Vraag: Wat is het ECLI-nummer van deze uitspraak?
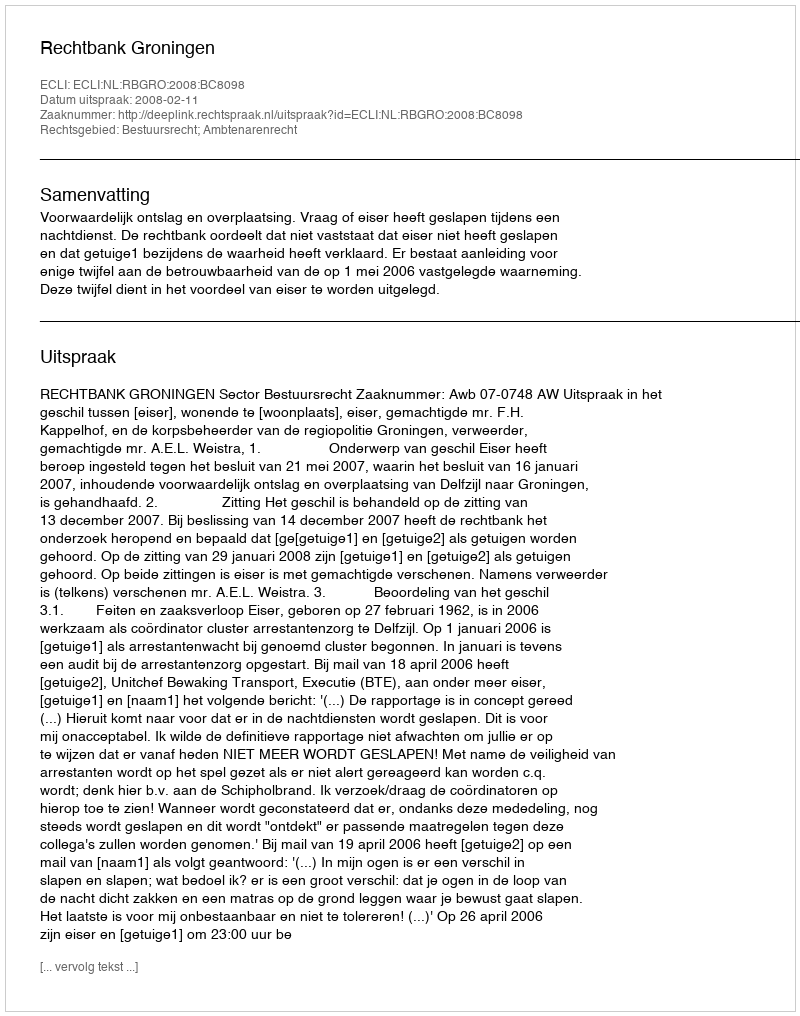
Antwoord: ECLI:NL:RBGRO:2008:BC8098